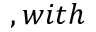
, w i t h